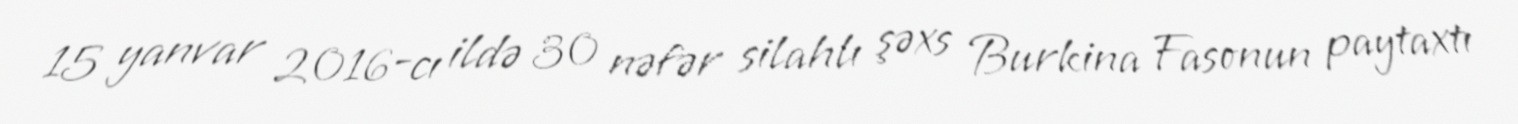
15 yanvar 2016-cı ildə 30 nəfər silahlı şəxs Burkina Fasonun paytaxtı